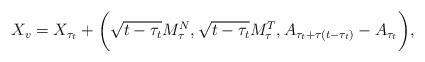
LaTeX: \begin{align*}X_v=X_{\tau_t}+\bigg(\sqrt{t-\tau_t}M^N_\tau, \sqrt{t-\tau_t}M^T_\tau , A_{\tau_t+\tau(t-\tau_t)}-A_{\tau_t} \bigg),\end{align*}